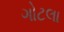
ગોટલા